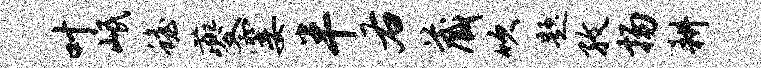
叶岷蟾夔霎半右藏吹题孜扬耕